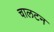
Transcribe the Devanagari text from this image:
चालटन